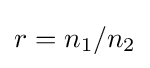
r=n_{1}/n_{2}